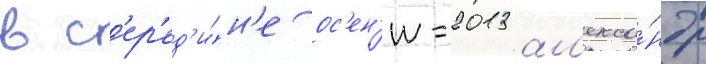
в с'ер'ед'и́н'е ос'ен'и-2013 ал'екса́ндр